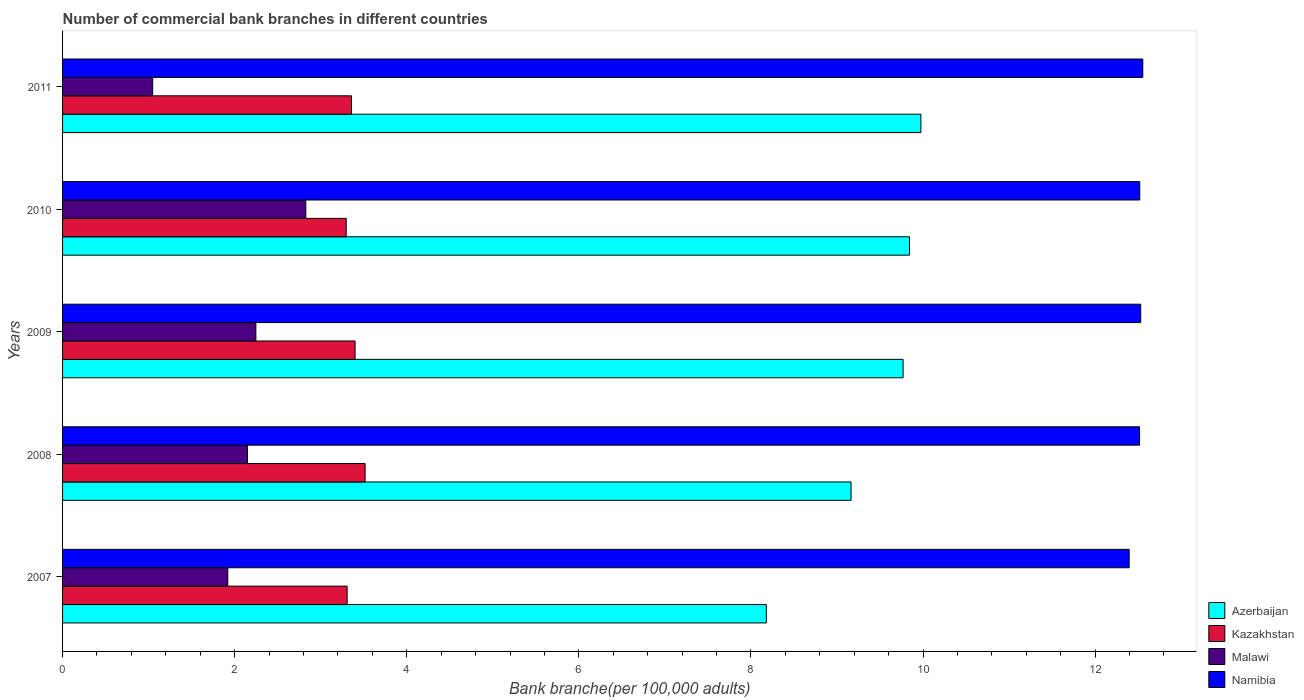
| Years | Azerbaijan | Kazakhstan | Malawi | Namibia |
 | --- | --- | --- | --- | --- |
 | 2007 | 8.18 | 3.31 | 1.92 | 12.4 |
 | 2008 | 9.16 | 3.52 | 2.15 | 12.5 |
 | 2009 | 9.77 | 3.4 | 2.25 | 12.5 |
 | 2010 | 9.84 | 3.3 | 2.83 | 12.5 |
 | 2011 | 9.98 | 3.36 | 1.05 | 12.6 |